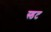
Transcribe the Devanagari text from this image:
स्डट